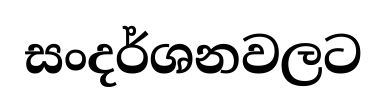
සංදර්ශනවලට